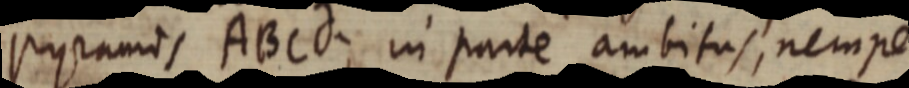
_ ABCd; in parte ambitus, nempe